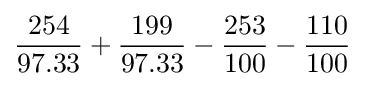
{\frac {\mbox{254}}{\mbox{97.33}}}+{\frac {\mbox{199}}{\mbox{97.33}}}-{\frac {\mbox{253}}{\mbox{100}}}-{\frac {\mbox{110}}{\mbox{100}}}